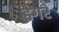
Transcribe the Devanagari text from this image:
हैगर